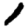
Digit: 1